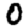
Digit: 0